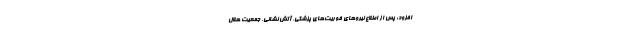
افزود: پس از اطلاع نیروهای فوریت‌های پزشکی، آتش نشانی، جمعیت هلال